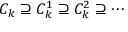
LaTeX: C _ { k } \supseteq C _ { k } ^ { 1 } \supseteq C _ { k } ^ { 2 } \supseteq \cdots